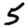
Digit: 5